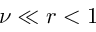
\nu \ll r < 1